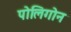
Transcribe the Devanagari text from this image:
पोलिगोन